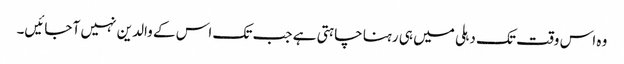
وہ اس وقت تک دہلی میں ہی رہنا چاہتی ہے جب تک اس کے والدین نہیں آ جائیں۔